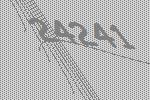
24241